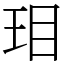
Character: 㺺